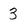
Character: 3